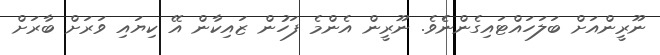
ނޫރީންއަށް ބަލަހައްޓައިގެންނެެވެ. ނޫރީން އެންމެ ފަހުން ޒައިކާން އޭ ކިޔައި ވަރަށް ބާރަަށް